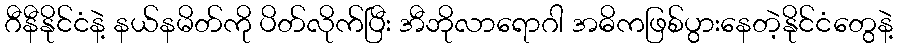
ဂီနီနိုင်ငံနဲ့ နယ်နမိတ်ကို ပိတ်လိုက်ပြီး အီဘိုလာရောဂါ အဓိကဖြစ်ပွားနေတဲ့နိုင်ငံတွေနဲ့